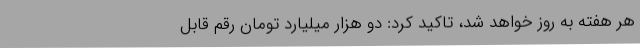
هر هفته به روز خواهد شد، تاکید کرد: دو هزار میلیارد تومان رقم قابل